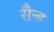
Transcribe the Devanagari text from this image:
सैन्ड